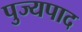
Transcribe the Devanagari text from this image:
पुज्यपाद